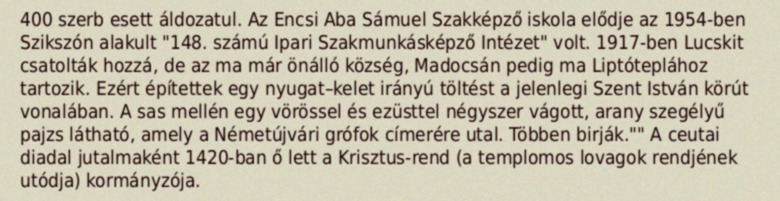
400 szerb esett áldozatul. Az Encsi Aba Sámuel Szakképző iskola elődje az 1954-ben Szikszón alakult "148. számú Ipari Szakmunkásképző Intézet" volt. 1917-ben Lucskit csatolták hozzá, de az ma már önálló község, Madocsán pedig ma Liptóteplához tartozik. Ezért építettek egy nyugat–kelet irányú töltést a jelenlegi Szent István körút vonalában. A sas mellén egy vörössel és ezüsttel négyszer vágott, arany szegélyű pajzs látható, amely a Németújvári grófok címerére utal. Többen birják."" A ceutai diadal jutalmaként 1420-ban ő lett a Krisztus-rend (a templomos lovagok rendjének utódja) kormányzója.